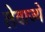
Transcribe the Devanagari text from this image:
लेवाज्ये